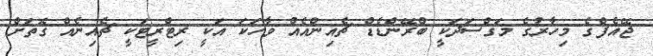
ޖޭއެފްގެ މިހާރުގެ މަގްސަދަކީ ބްރޭންޑެޑް ޗެއިންއެއް ވާހަކަ އަކީ ރިޓްރީޓަކީ ޗެއިނެއް ގޮތަށް